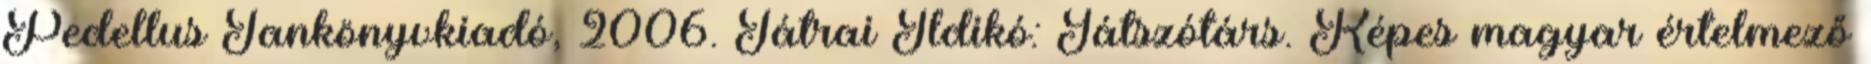
Pedellus Tankönyvkiadó, 2006. Tátrai Ildikó: Játszótárs. Képes magyar értelmező